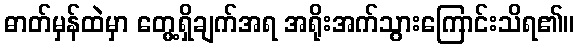
ဓာတ်မှန်ထဲမှာ တွေ့ရှိချက်အရ အရိုးအက်သွားကြောင်းသိရ၏။